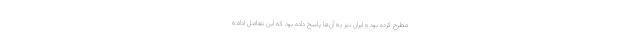
مطرح کرده بود و ایران نیز به آن‌ها پاسخ داده بود که این تعامل ادامه